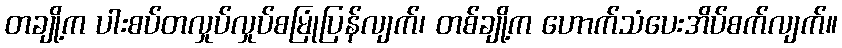
တချို့က ပါးစပ်တလှုပ်လှုပ်စမြုံပြန်လျက်၊ တစ်ချို့က ဟောက်သံပေးအိပ်စက်လျက်။